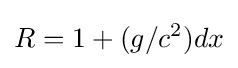
R=1+(g/c^{2})dx